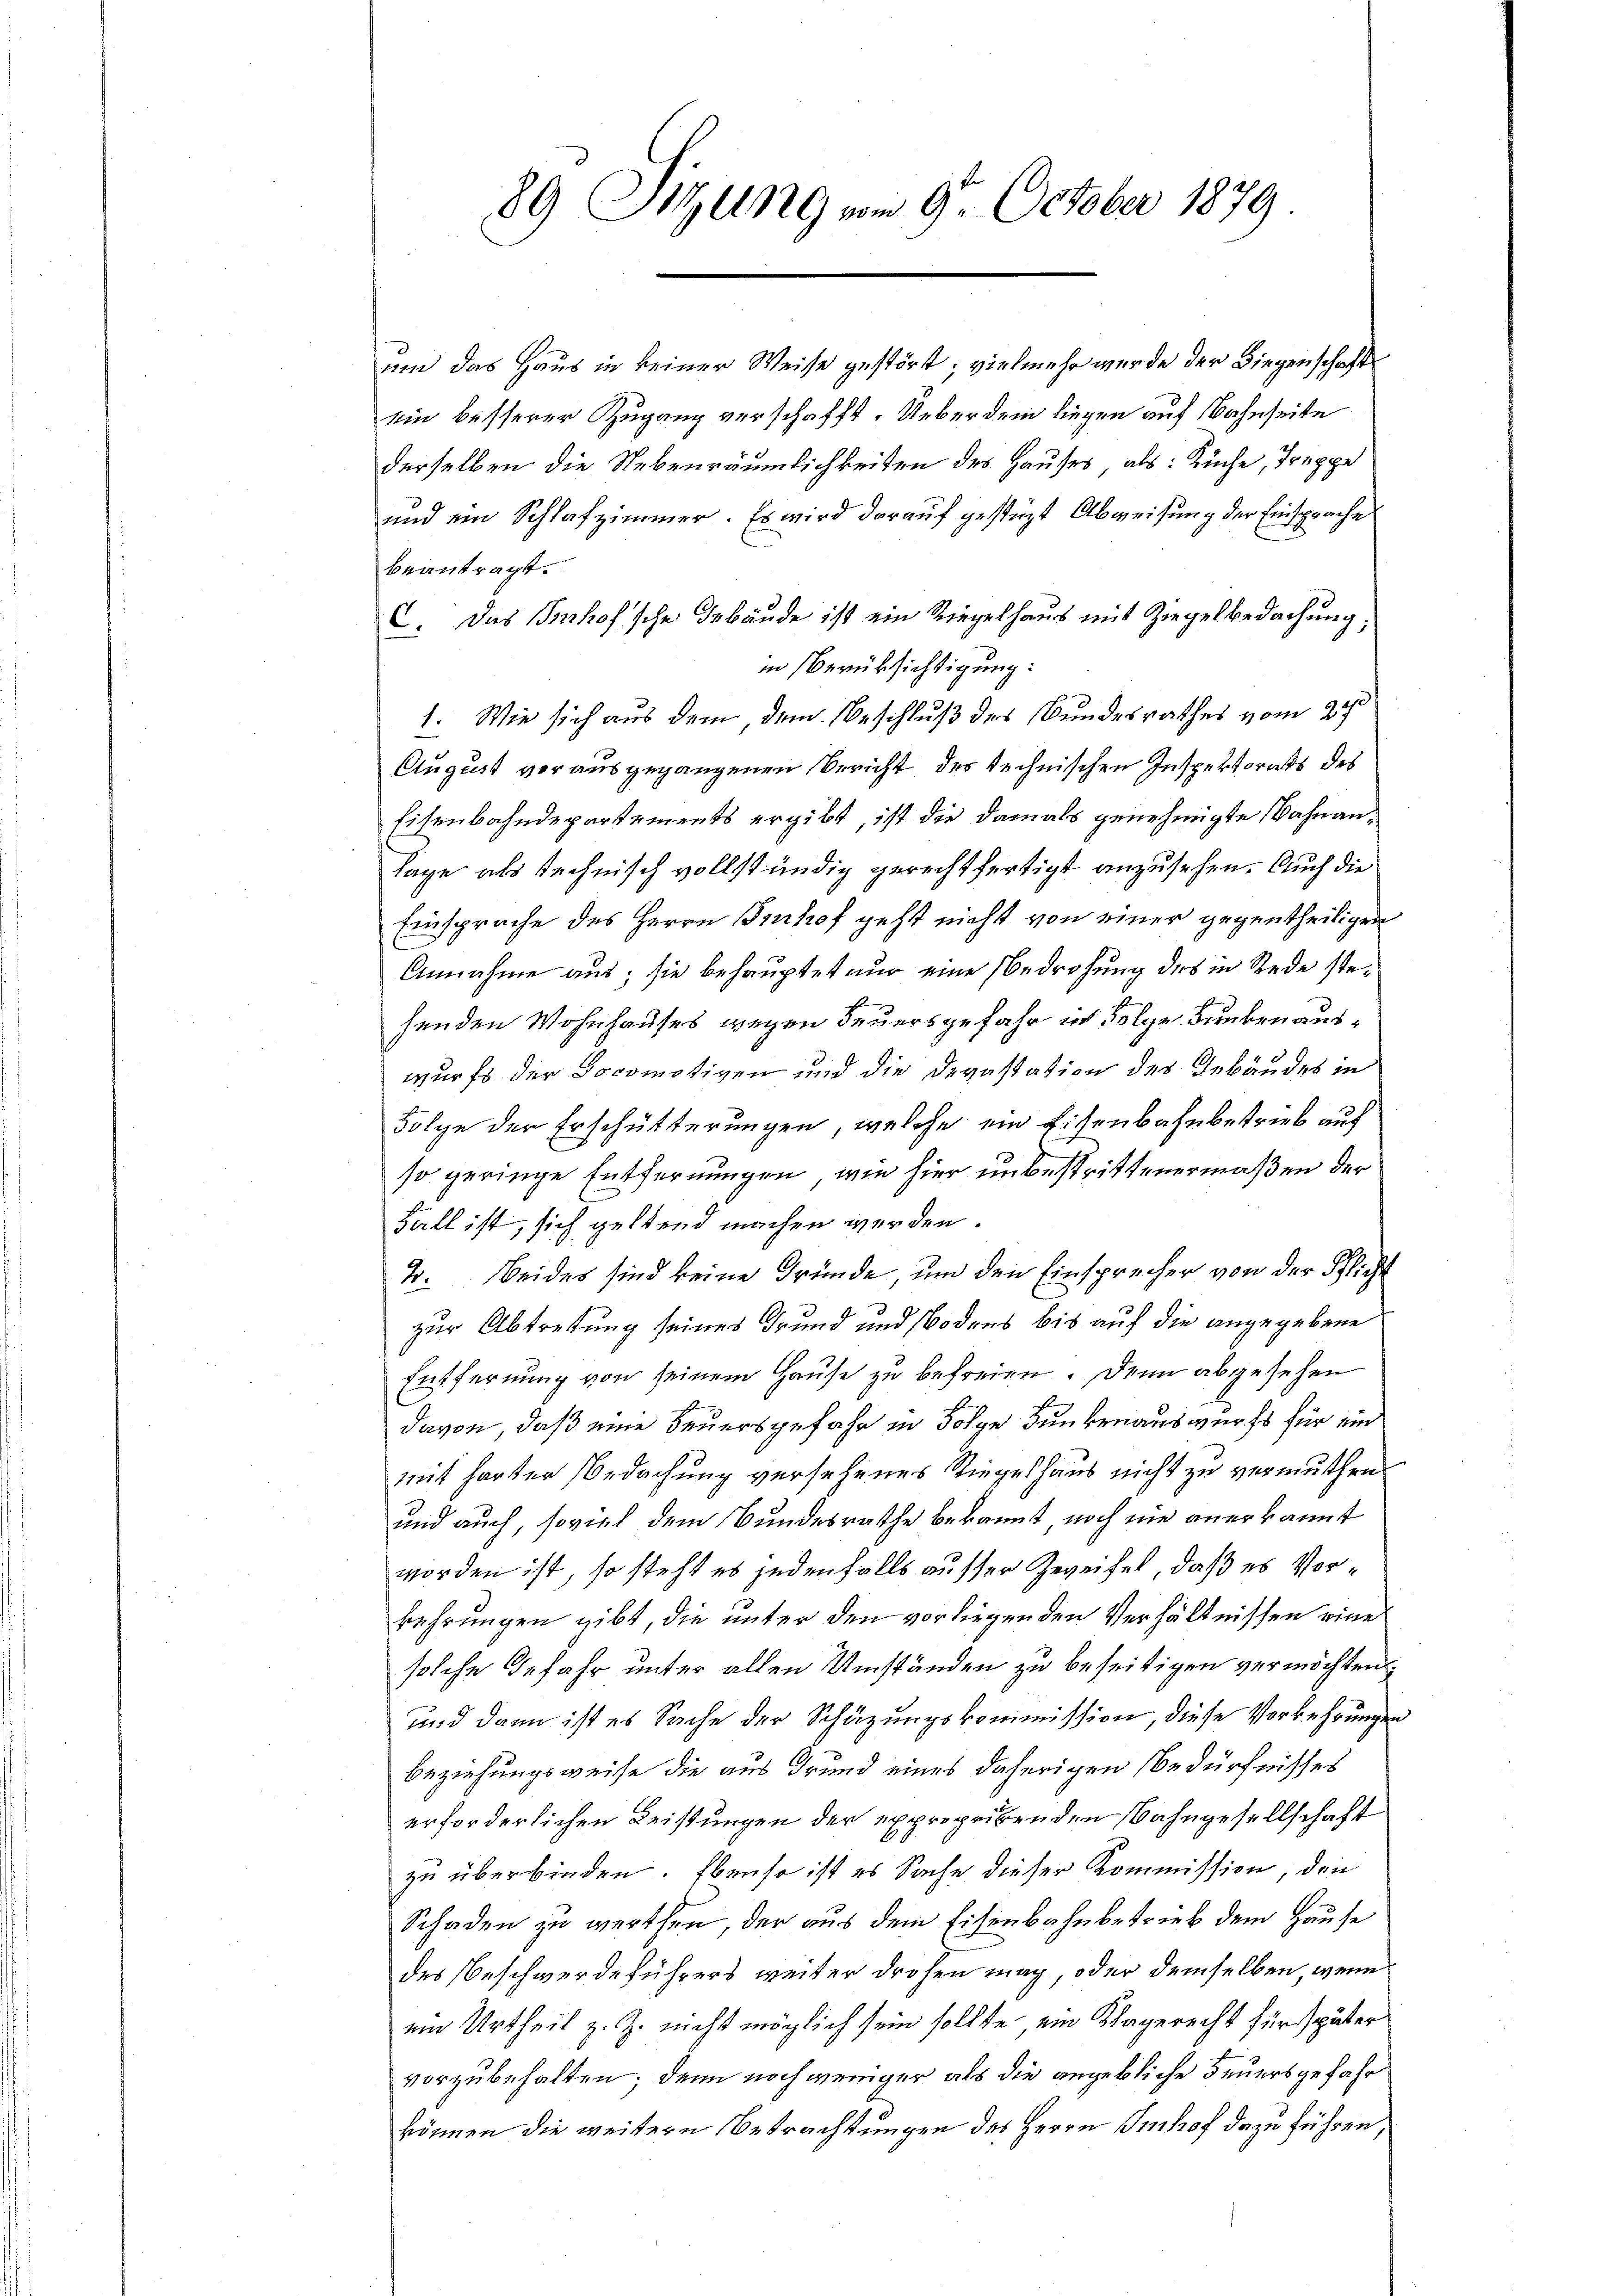
um das Haus in keiner Weise gestört; vielmehr wurde der Liegenschaft
ein besserer Zugang verschafft. Ueber dem liegen auf Bahnseite
derselben die Nebenräumlichkeiten des Hauses, als: Küche, Treppe
und ein Schlafzimmer. Es wird darauf gestüzt Abweisung der Einsprache
beantragt.
C. Das Schof'sche Gebäude ist ein Riegelhaus mit Ziegelbedachung.
in Berüksichtigung:
1. Wie sich aus dem dem Beschluß des Bundesrathes vom 24sten
August vorausgegangenen Bericht des technischen Inspektorats des
Eisenbahndepartements ergibt, ist die damals genehmigte Bahnanlage als technisch vollständig gerechtfertigt anzusehen. Auch die
Einsprache des Herrn Beihof geht nicht von einer gegentheiligen
Annahme aus; sie behauptet nur eine Bedrohung des in Rede stes
henden Wohnhauses wegen Feuersgefahr in Folge Dunken auswurfs der Docomotiven und die Devastation des Gebäudes in
Folge der Erschütterungen, welche ein Eisenbahnbetrieb auf
so geringe Entfernungen, wie hier unbestrittenermaßen der
Fall ist, sich geltend machen werden.
2. Beides sind keine Gründe um den Einsprecher von der Pflicht
zur Abtretung seines Grund und Bodens bis auf die angegebene
Entfernung von seinem Hause zu befreien. Denn abgesehen
davon, daß eine Feuersgefahr in Folge Funkenauswurfs für ein
mit harter Bedachung versehenes Riegeshaus nicht zu vermuthen.
und auch, soviel dem Bundesrathe bekannt, noch nie anerkannt
worden ist, so steht es jedenfalls ausser Zweifel, daß es Vorkehrungen gibt, die unter den vorliegenden Verhältnissen eine
solche Gefahr unter allen Umständen zu beseitigen vermöchten
und dann ist es Sache der Schäzungskommission, diese Vorkehrungen
beziehungsweise die aus Grund eines daherigen Bedürfnisses
erforderlichen Leistungen der expropribenden Bahngesellschaft
zu überbinden. Ebenso ist es Sache dieser Kommission, den
Schaden zu werthen, der aus dem Eisenbahnbetrieb dem Hause
des Beschwerdeführers weiter drohen mag, oder demselben, wenn
ein Urtheil z. Z. nicht möglich sein sollte, ein Klagerecht für später
vorzubehalten; denn noch weniger als die angebliche Feuersgefahr
können die weitern Betrachtungen des Herrn Imhof dazu führen,

89 Sitzung am 9. October 1879